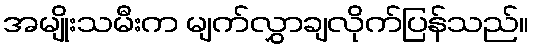
အမျိုးသမီးက မျက်လွှာချလိုက်ပြန်သည်။